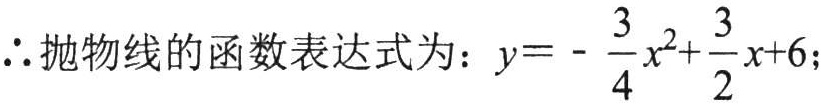
\(\therefore\)抛物线的函数表达式为：\(y = -\dfrac{3}{4}x^{2}+\dfrac{3}{2}x + 6\);